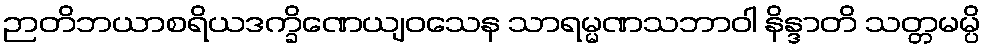
ဉာတိဘယာစရိယဒက္ခိဏေယျဝသေန သာရမ္မဏသဘာဝါ နိန္ဒာတိ သတ္တမမ္ပိ